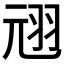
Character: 𫅣